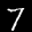
Label: 7